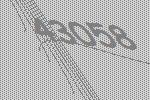
43058